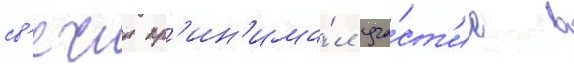
св'ечин пр'ин'има́л уча́ст'ие в